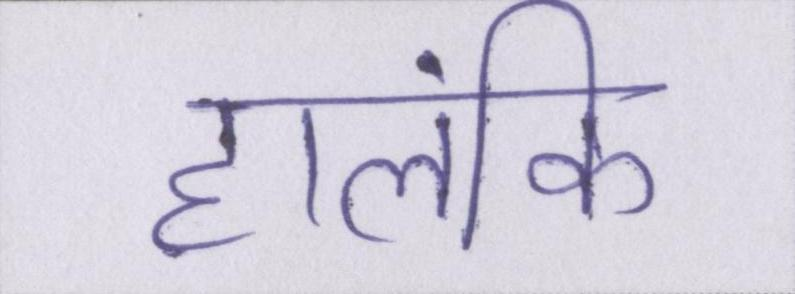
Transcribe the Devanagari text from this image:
हालंकि